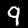
Digit: 9